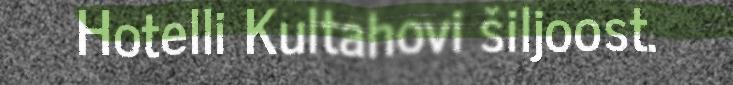
Hotelli Kultahovi šiljoost.